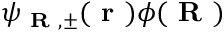
\psi _ { \textbf { R } , \pm } ( \textbf { r } ) \phi ( \textbf { R } )